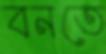
বনতে